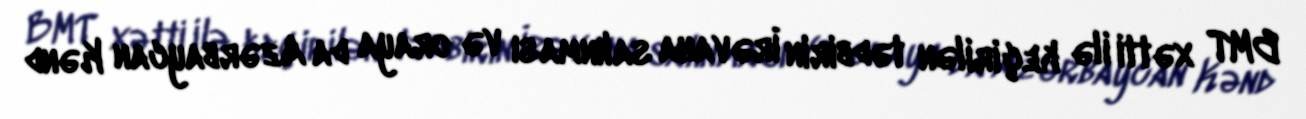
BMT xətti ilə keçirilən tədbirin İrəvana salınması və oraya da Azərbaycan Kənd